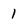
Character: 1